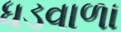
ધડવાળા